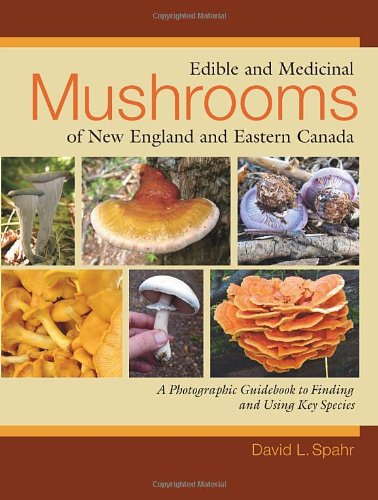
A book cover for Edible and Medicinal Mushrooms of New England and Eastern Canada; David L. Spahr; Cookbooks, Food & Wine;